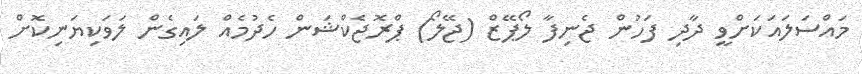
މައްސަލައަކަށްވީ ދާދި ފަހުން ޖެނިފާ ލޯޕޭޒް (ޖޭލޯ) ޕްރޮޖެކްޝަން ހެދުމެއް ލައިގެން ލަވަކިޔަނިކޮށް